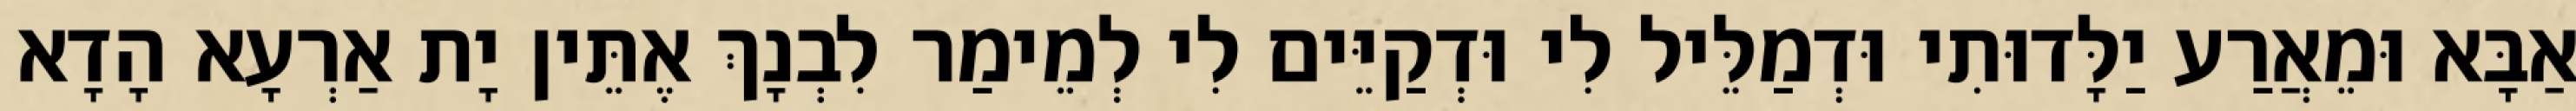
אַבָּא וּמֵאֲרַע יַלָּדוּתִי וּדְמַלֵּיל לִי וּדְקַיֵּים לִי לְמֵימַר לִבְנָךְ אֶתֵּין יָת אַרְעָא הָדָא